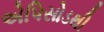
એપિસોડથી